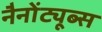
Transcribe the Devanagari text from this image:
नैनोंट्यूब्स